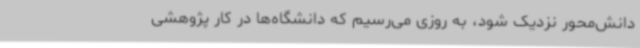
دانش‌محور نزدیک شود، به روزی می‌رسیم که دانشگاه‌ها در کار پژوهشی